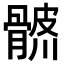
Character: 𩩨